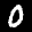
Label: 0